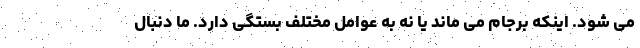
می شود. اینکه برجام می ماند یا نه به عوامل مختلف بستگی دارد. ما دنبال